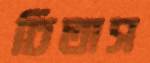
চিতাস